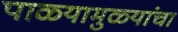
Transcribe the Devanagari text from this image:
पाळ्यामुळ्यांचा